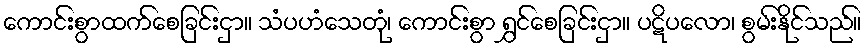
ကောင်းစွာထက်စေခြင်းငှာ။ သံပဟံသေတုံ၊ ကောင်းစွာ ရွှင်စေခြင်းငှာ။ ပဋိပလော၊ စွမ်းနိုင်သည်။